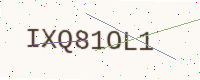
Text: IXQ81OL1